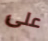
على